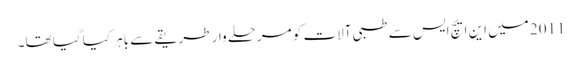
2011 میں این ایچ ایس سے طبی آلات کو مرحلے وار طریقے سے باہر کیا گیا تھا۔